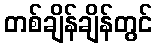
တစ်ချိန်ချိန်တွင်